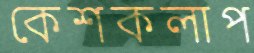
কেশকলাপ